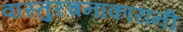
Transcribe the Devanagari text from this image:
वास्तुरचनाकारांनी